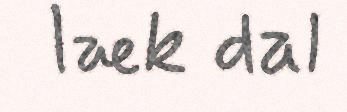
læk dal